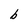
Character: b